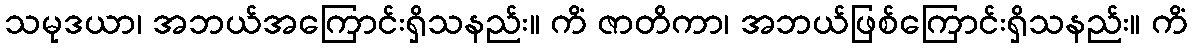
သမုဒယာ၊ အဘယ်အကြောင်းရှိသနည်း။ ကိံ ဇာတိကာ၊ အဘယ်ဖြစ်ကြောင်းရှိသနည်း။ ကိံ